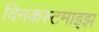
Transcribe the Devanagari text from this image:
विनकस्टमाइझ